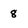
Character: 8